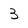
Character: 3